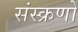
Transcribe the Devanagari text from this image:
संस्क्रणों